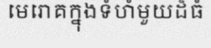
មេរោគក្នុងទំហំមួយដ៏ធំ